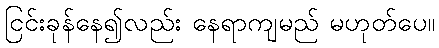
ငြင်းခုန်နေ၍လည်း နေရာကျမည် မဟုတ်ပေ။